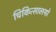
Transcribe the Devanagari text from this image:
चिकित्सालयो